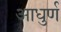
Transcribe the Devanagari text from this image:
आधुर्ण